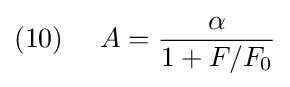
(10)~~~~A={\frac {\alpha }{1+F/F_{0}}}